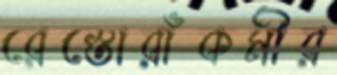
রেস্তোরাঁকর্মীর